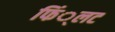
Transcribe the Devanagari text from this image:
फिं्लट